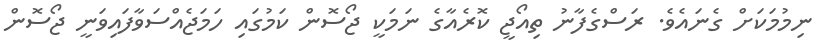
ނިމުމަކަށް ގެނައެވެ. ރަސްގެފާނު ތިއޯޖީ ކޮރެއާގެ ނަމަކީ ޖޯސޮން ކަމުގައި ހަމަޖެއްސަވާފައިވަނީ ޖޯސޮން